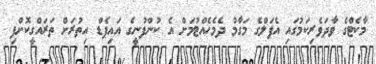
މާކެޓްގެ ވާދަވެރިކަމުގައި އެޕަލްގެ މަގާމު ދެމެހެއްޓުމަށް އެ ކުންފުނީގެ އައިޕެޑް އިތުރަށް ތަރައްގީކޮށްފި